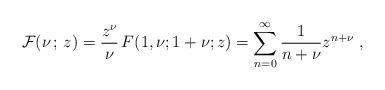
LaTeX: \begin{align*}{\cal F}(\nu\,;\, z) =\frac{z^{\nu}}{\nu}\, F(1,\nu;1+\nu;z) =\sum_{n=0}^{\infty}\frac{1}{n+\nu}z^{n+\nu}~,\end{align*}